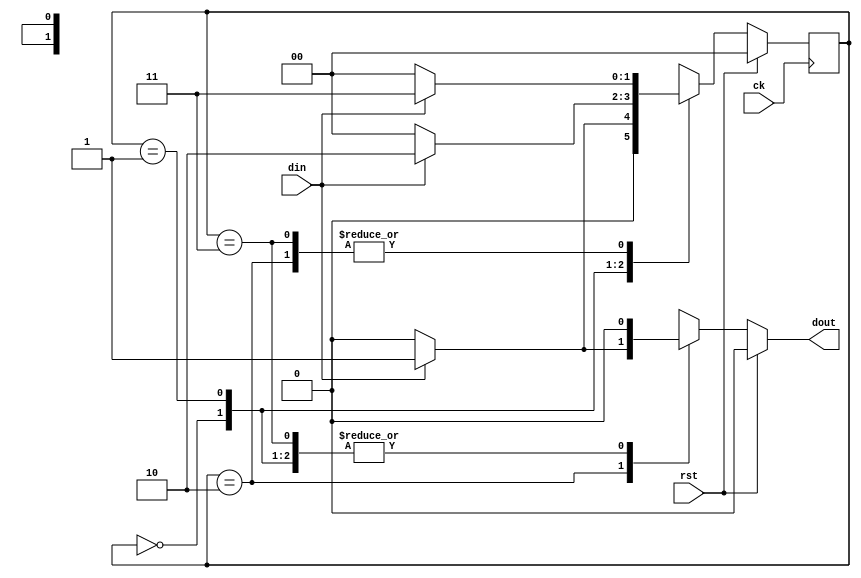
module fsm2  (ck, rst, din, dout);
    input   ck;     // clock
    input   rst;    // reset
    input   din;    // data-in
    output  dout;   // data-out

    reg   [1:0]   cur;  // current state
    reg   [1:0]   nxt;  // next state

    parameter   S0 = 2'b00, S1 = 2'b01, S2 = 2'b10, S3 = 2'b11;

    // Next state function
    // Note that this is a combinational circuit

    always @(rst or din or cur) begin
        if (   rst  )
            nxt   <= S0;
        else
            case (cur)
                S0 : nxt <= (din == 1'b1) ? S1 : S0;
                S1 : nxt <= (din == 1'b1) ? S2 : S0;
                S2 : nxt <= (din == 1'b1) ? S3 : S0;
                S3 : nxt <= (din == 1'b1) ? S3 : S0;
                default:
                    nxt <= S0;
            endcase
    end

    // State transition
    always @(posedge ck) begin
        cur <= nxt  ;
    end
    
    // Output function
    function dout_func;
        input   rst;
        input   din;
        input   [1:0] cur;
            if (   rst  )
                dout_func= 1'b0;
            else
                case (cur)
                    S0: dout_func= 1'b0;
                    S1: dout_func= 1'b0;
                    S2: dout_func= (din == 1'b1) ? 1'b1 : 1'b0;
                    S3: dout_func= 1'b0;
                    default:
                        dout_func= 1'bx;
                endcase
    endfunction

    assign dout = dout_func(rst, din, cur);

endmodule